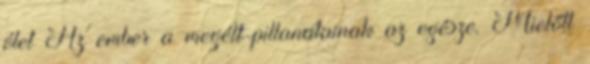
élet Az ember a megélt pillanatainak az egésze. Mielőtt